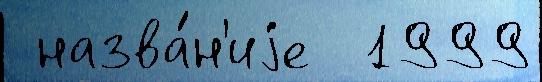
 назва́н'иjе  1999